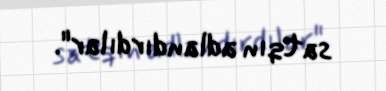
satqın adlandırdılar".